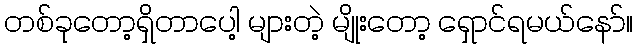
တစ်ခုတော့ရှိတာပေါ့ များတဲ့ မျိုးတော့ ရှောင်ရမယ်နော်။